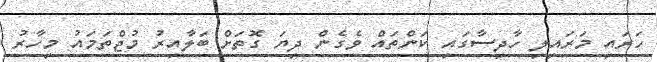
ހަރައި މަރައިލި ހާދިސާގައި ކަންތައް ވެގެން ދިޔަ ގޮތަށް ބަލާއިރު މުޖްތަމައު މިހާރު